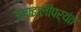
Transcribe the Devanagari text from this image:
उलाढालीपर्यंत